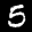
Label: 5